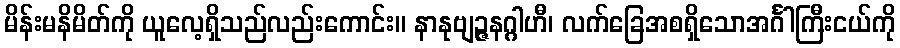
မိန်းမနိမိတ်ကို ယူလေ့ရှိသည်လည်းကောင်း။ နာနုဗျဉ္ဇနဂ္ဂါဟီ၊ လက်ခြေအစရှိသောအင်္ဂါကြီးငယ်ကို